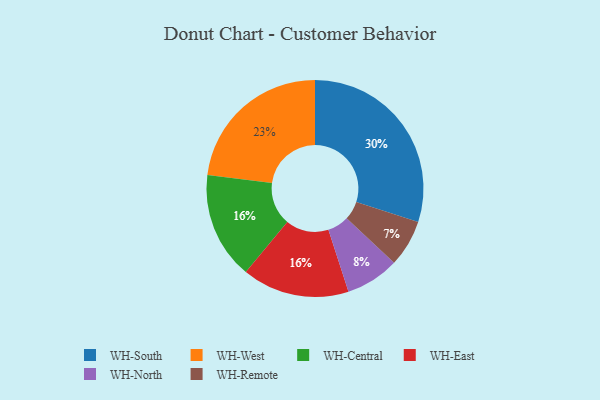
{"axis": {"x": "Category", "y": "Percentage"}, "legend": ["WH-Central", "WH-East", "WH-North", "WH-Remote", "WH-South", "WH-West"], "data": [{"x": "WH-West", "y": 23, "type": "WH-West"}, {"x": "WH-Central", "y": 16, "type": "WH-Central"}, {"x": "WH-East", "y": 16, "type": "WH-East"}, {"x": "WH-South", "y": 30, "type": "WH-South"}, {"x": "WH-North", "y": 8, "type": "WH-North"}, {"x": "WH-Remote", "y": 7, "type": "WH-Remote"}]}